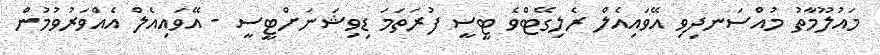
މައުލޫމާތު މުއްސަނދިވި އޭވައިއެލް ރެލިގޭޓްވެ ޓީސީ ފުރަތަމަ ޑިވިޝަނަށްޓީސީ - އޭވައިއެލް އެއްވަރުވުމުން